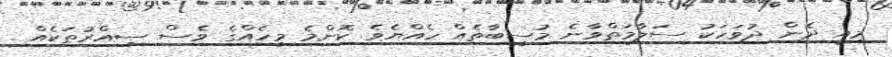
މިއިީ ދެން ދުވަހަކު ސަލާމަތްވާނެ މުސީބާތެއް ހެއްޔެވެ ކޮންމެ މީހެއްގެ ވެސް ސިއްރުތަކެއް